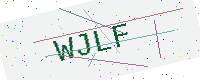
Text: WJLF